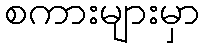
စကားများမှာ